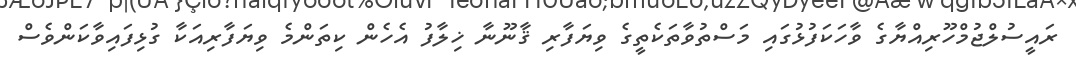
ރައީސުލްޖުމްހޫރިއްޔާގެ ވާހަކަފުޅުގައި މަސްތުވާތަކެތީގެ ވިޔަފާރި ޤާނޫނާ ޚިލާފު އެހެން ކިތަންމެ ވިޔަފާރިއަކާ ގުޅިފައިވާކަންވެސް